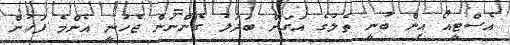
އެސްޓީއޯ އިން ބުނީ ތެލުގެ އަގަށް ބަދަލު ގެންނަން ޖެހުނީ އެންމެ ފަހުން